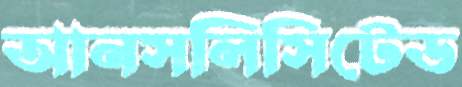
আনসলিসিটেড